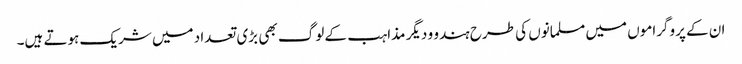
ان کے پروگراموں میں مسلمانوں کی طرح ہندو و دیگر مذاہب کے لوگ بھی بڑی تعداد میں شریک ہوتے ہیں۔